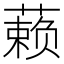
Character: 𰱾